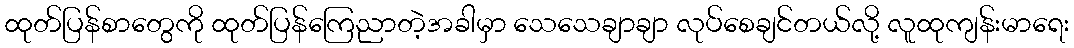
ထုတ်ပြန်စာတွေကို ထုတ်ပြန်ကြေညာတဲ့အခါမှာ သေသေချာချာ လုပ်စေချင်တယ်လို့ လူထုကျန်းမာရေး